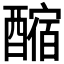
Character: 𨢲